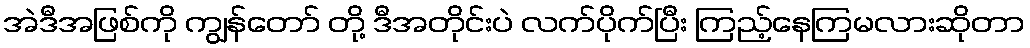
အဲဒီအဖြစ်ကို ကျွန်တော် တို့ ဒီအတိုင်းပဲ လက်ပိုက်ပြီး ကြည့်နေကြမလားဆိုတာ